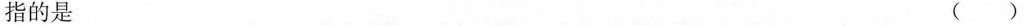
指的是 ()